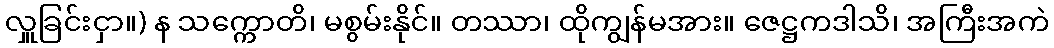
လှူခြင်းငှာ။) န သက္ကောတိ၊ မစွမ်းနိုင်။ တဿာ၊ ထိုကျွန်မအား။ ဇေဋ္ဌကဒါသိ၊ အကြီးအကဲ